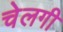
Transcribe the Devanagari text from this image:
चेलगी